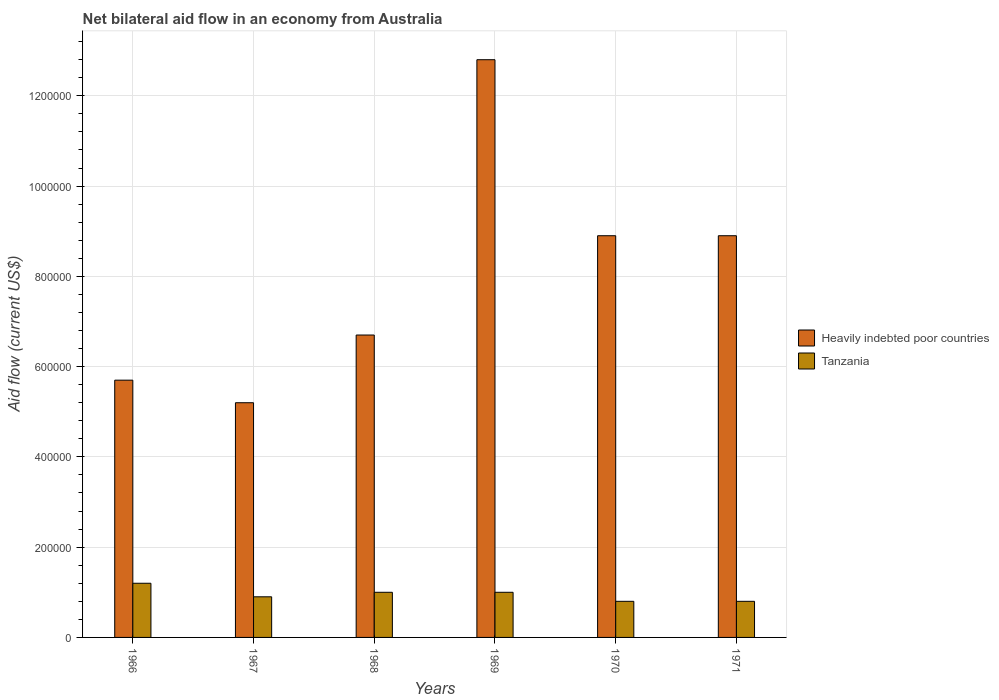
| Years | Heavily indebted poor countries | Tanzania |
 | --- | --- | --- |
 | 1966 | 5.7e+05 | 1.2e+05 |
 | 1967 | 5.2e+05 | 9e+04 |
 | 1968 | 6.7e+05 | 1e+05 |
 | 1969 | 1.28e+06 | 1e+05 |
 | 1970 | 8.9e+05 | 8e+04 |
 | 1971 | 8.9e+05 | 8e+04 |